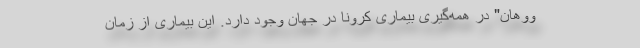
ووهان" در همه‌گیری بیماری کرونا در جهان وجود دارد. این بیماری از زمان